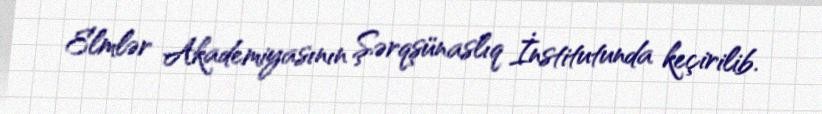
Elmlər Akademiyasının Şərqşünaslıq İnstitutunda keçirilib.